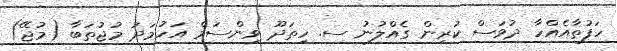
ހަފުތާއެއްހާ ދުވަސް ކުރިން ގެއްލުނު ސ. ހިތަދޫ ވިންސަމް އަހުމަދު މުޖުތަބާ (މުޖޭ)